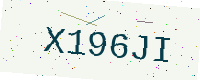
Text: X196JI